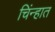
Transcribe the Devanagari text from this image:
चिंन्हात